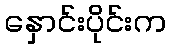
နှောင်းပိုင်းက